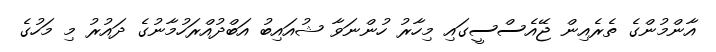
އާންމުންގެ ތެރެއިން ޖޭއެސްސީގައި މިހާރު ހުންނަވާ ޝުއައިބު އަބްދުއްރަހުމާނުގެ ދައުރު މި މަހުގެ